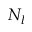
N _ { l }